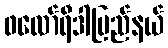
ဖလော်ရီဒါပြည်နယ်